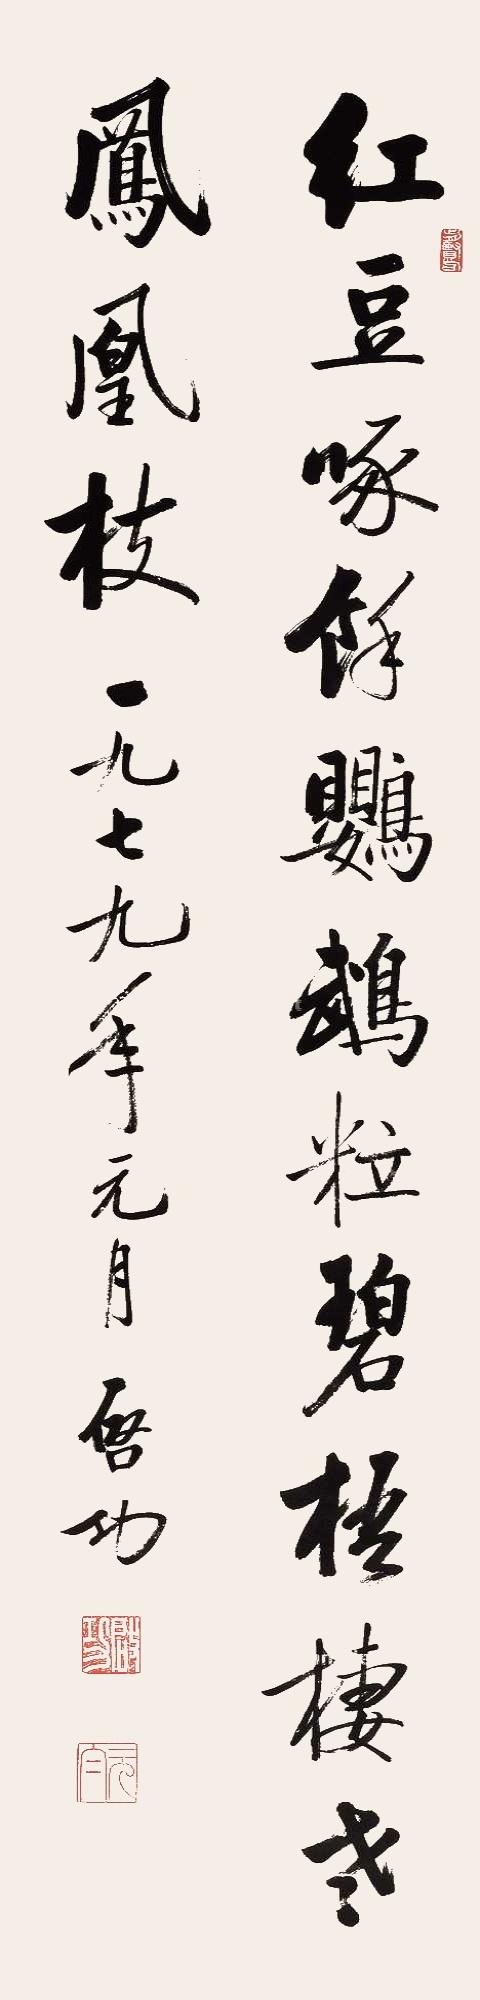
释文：红豆啄余鹦鹉粒，碧梧栖老凤凰枝。一九七九年元月，启功。